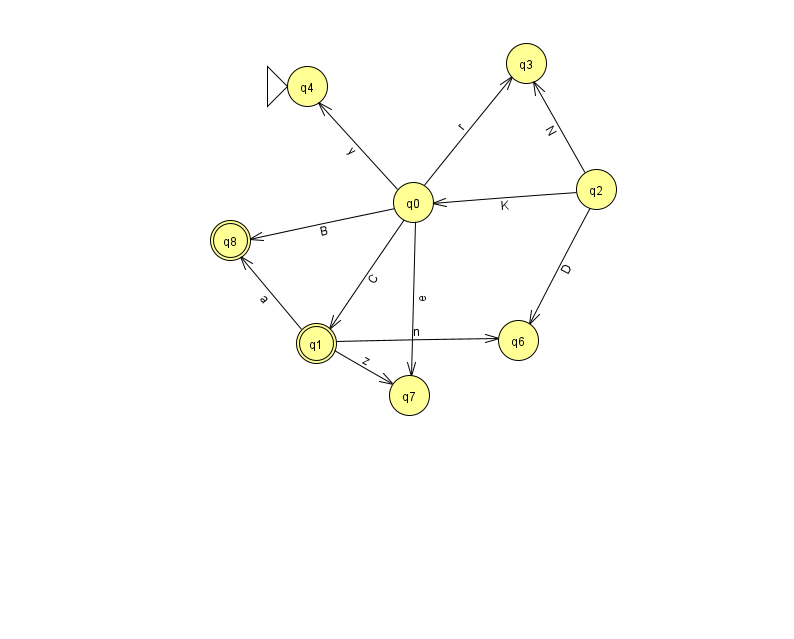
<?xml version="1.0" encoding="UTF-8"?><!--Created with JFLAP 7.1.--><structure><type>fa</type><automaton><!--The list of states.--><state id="0" name="q0"><x>413.0</x><y>189.0</y></state><state id="1" name="q1"><x>316.0</x><y>330.0</y><final/></state><state id="2" name="q2"><x>596.0</x><y>176.0</y></state><state id="3" name="q3"><x>526.0</x><y>50.0</y></state><state id="4" name="q4"><x>307.0</x><y>73.0</y><initial/></state><state id="6" name="q6"><x>518.0</x><y>327.0</y></state><state id="7" name="q7"><x>409.0</x><y>382.0</y></state><state id="8" name="q8"><x>230.0</x><y>227.0</y><final/></state><!--The list of transitions.--><transition><from>1</from><to>8</to><read>a</read></transition><transition><from>0</from><to>3</to><read>r</read></transition><transition><from>0</from><to>1</to><read>C</read></transition><transition><from>2</from><to>0</to><read>K</read></transition><transition><from>0</from><to>8</to><read>B</read></transition><transition><from>1</from><to>7</to><read>z</read></transition><transition><from>0</from><to>4</to><read>y</read></transition><transition><from>2</from><to>3</to><read>N</read></transition><transition><from>2</from><to>6</to><read>D</read></transition><transition><from>0</from><to>7</to><read>e</read></transition><transition><from>1</from><to>6</to><read>n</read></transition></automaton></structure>